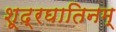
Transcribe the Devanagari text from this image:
शूद्रघातिनम्